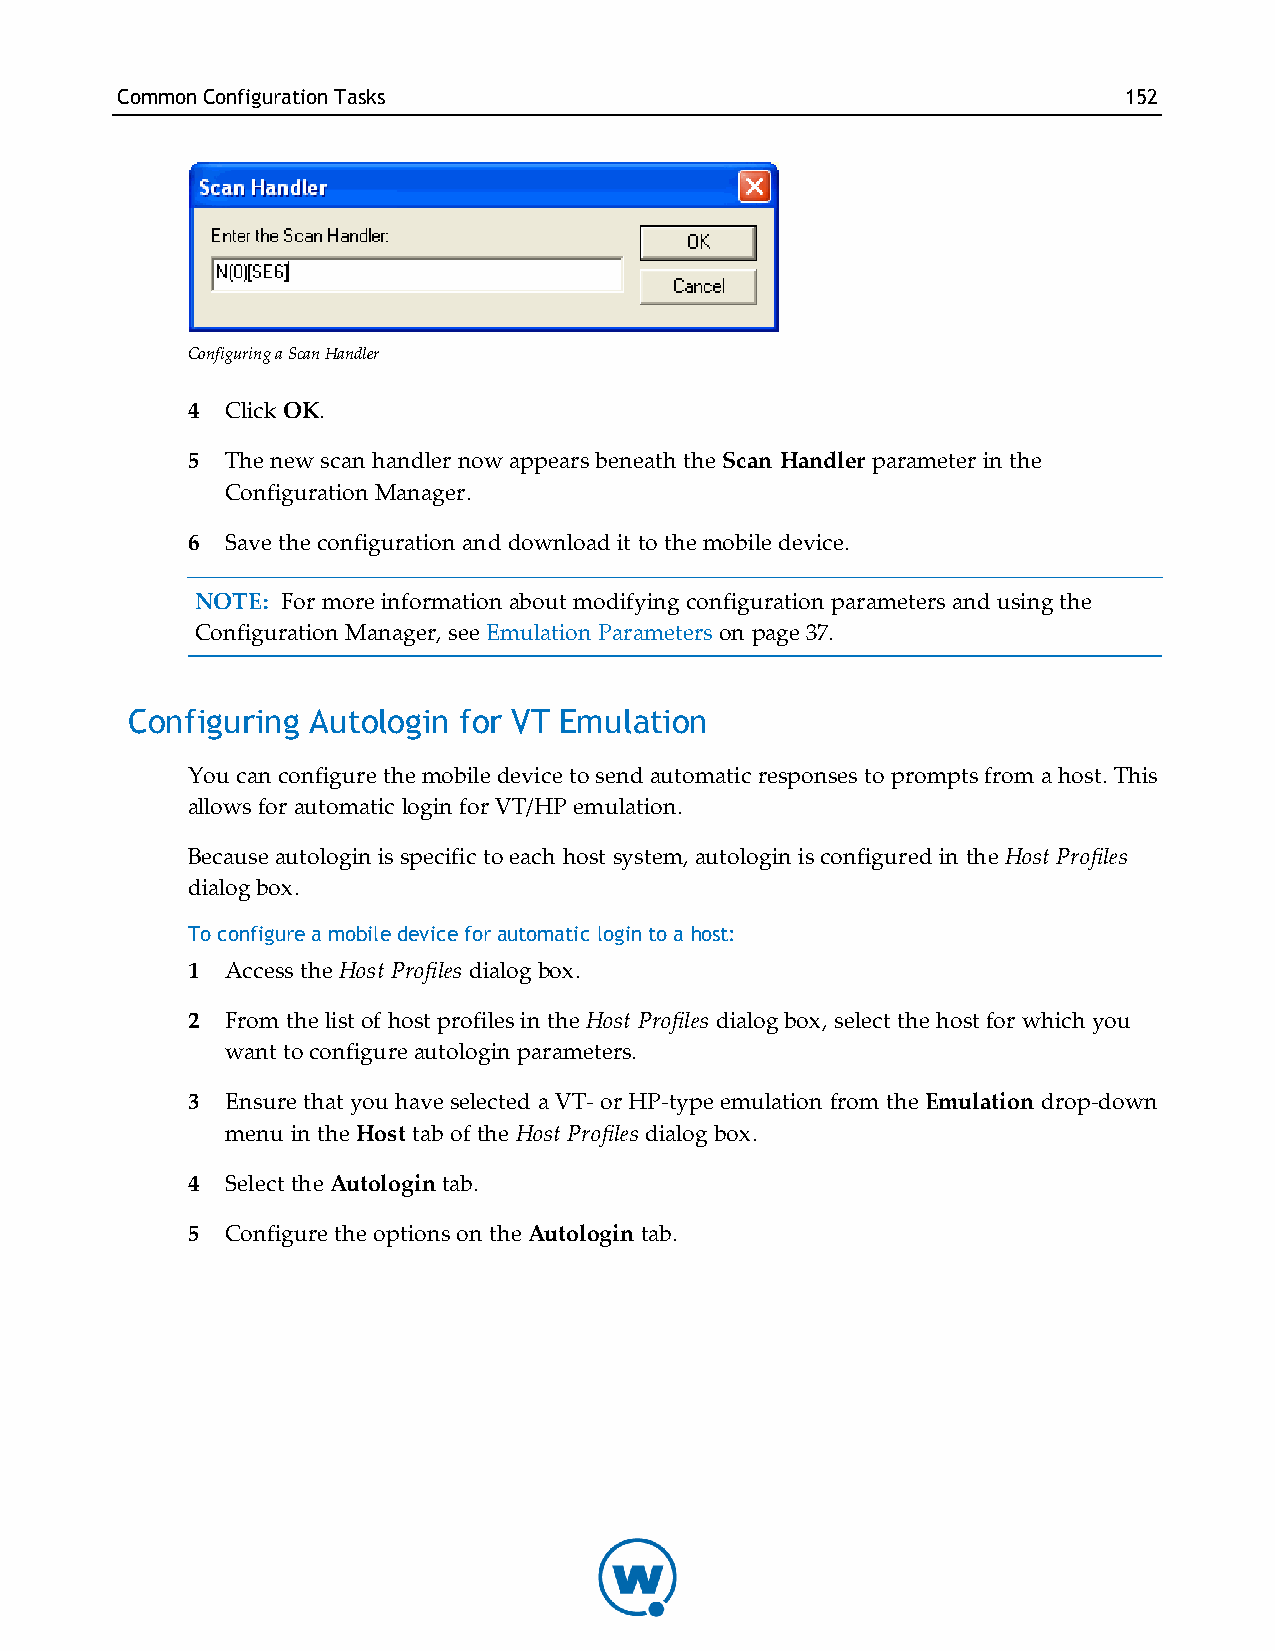
CommonConfigurationTasks                                          152
 Configuring a Scan Handler
 4  Click OK.
 5  The new scan handler now appears beneath the Scan Handler parameter in the
 Configuration Manager.
 6  Save the configuration and download it to the mobile device.
 NOTE: For more information about modifying configuration parameters and using the
 Configuration Manager, see Emulation Parameters on page 37.
 Configuring Autologin for VT Emulation
 You can configure the mobile device to send automatic responses to prompts from a host. This
 allows for automatic login for VT/HP emulation.
 Because autologin is specific to each host system, autologin is configured in the Host Profiles
 dialog box.
 To configure a mobile device for automatic login to a host:
 1  Access the Host Profiles dialog box.
 2  From the list of host profiles in the Host Profiles dialog box, select the host for which you
 want to configure autologin parameters.
 3  Ensure that you have selected a VT- or HP-type emulation from the Emulation drop-down
 menu in the Host tab of the Host Profiles dialog box.
 4  Select the Autologin tab.
 5  Configure the options on the Autologin tab.